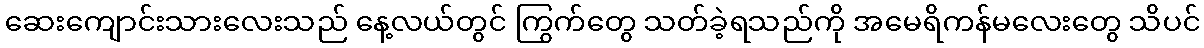
ဆေးကျောင်းသားလေးသည် နေ့လယ်တွင် ကြွက်တွေ သတ်ခဲ့ရသည်ကို အမေရိကန်မလေးတွေ သိပင်